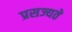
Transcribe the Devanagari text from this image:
प्रसज्यते